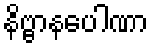
နိဗ္ဗာနပေါဏာ